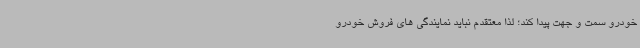
خودرو سمت و جهت پیدا کند؛ لذا معتقدم نباید نمایندگی های فروش خودرو